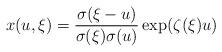
LaTeX: \begin{align*}x(u,\xi)={\sigma(\xi-u)\over{\sigma(\xi)\sigma(u)}} \exp({\zeta(\xi) u}) \end{align*}